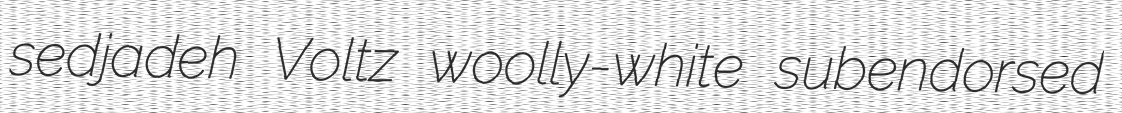
sedjadeh Voltz woolly-white subendorsed